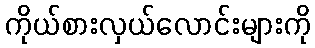
ကိုယ်စားလှယ်လောင်းများကို